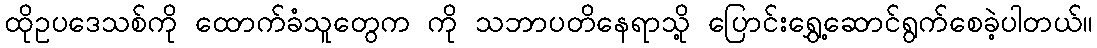
ထိုဥပဒေသစ်ကို ထောက်ခံသူတွေက ကို သဘာပတိနေရာသို့ ပြောင်းရွှေ့ဆောင်ရွက်စေခဲ့ပါတယ်။